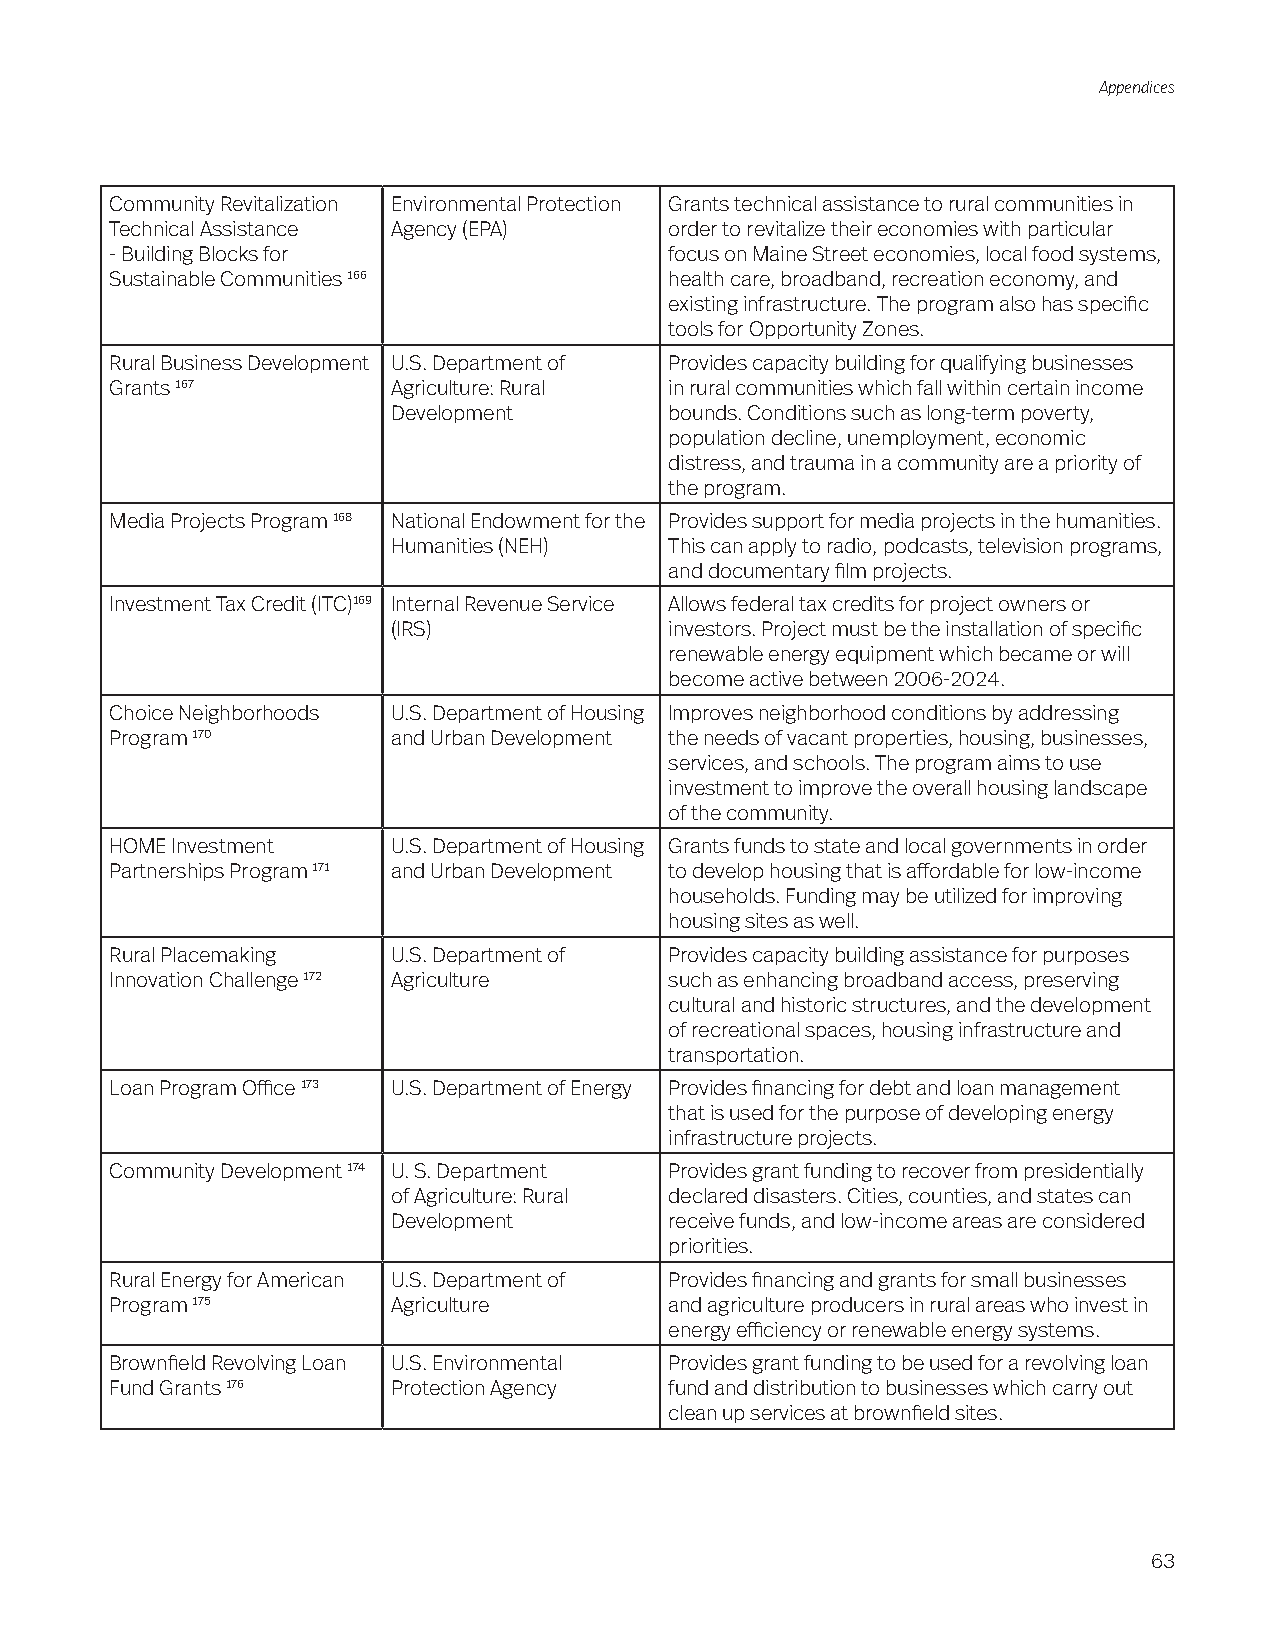
Appendices
 Community Revitalization Environmental Protection Grants technical assistance to rural communities in
 Technical Assistance Agency (EPA)    order to revitalize their economies with particular
 - Building Blocks for                focus on Maine Street economies, local food systems,
 Sustainable Communities 166          health care, broadband, recreation economy, and
 existing infrastructure. The program also has specific
 tools for Opportunity Zones.
 Rural Business Development U.S. Department of Provides capacity building for qualifying businesses
 Grants 167         Agriculture: Rural in rural communities which fall within certain income
 Development       bounds. Conditions such as long-term poverty,
 population decline, unemployment, economic
 distress, and trauma in a community are a priority of
 the program.
 Media Projects Program 168 National Endowment for the Provides support for media projects in the humanities.
 Humanities (NEH)  This can apply to radio, podcasts, television programs,
 and documentary film projects.
 Investment Tax Credit (ITC)169 Internal Revenue Service Allows federal tax credits for project owners or
 (IRS)             investors. Project must be the installation of specific
 renewable energy equipment which became or will
 become active between 2006-2024.
 Choice Neighborhoods U.S. Department of Housing Improves neighborhood conditions by addressing
 Program 170        and Urban Development the needs of vacant properties, housing, businesses,
 services, and schools. The program aims to use
 investment to improve the overall housing landscape
 of the community.
 HOME Investment    U.S. Department of Housing Grants funds to state and local governments in order
 Partnerships Program 171 and Urban Development to develop housing that is affordable for low-income
 households. Funding may be utilized for improving
 housing sites as well.
 Rural Placemaking  U.S. Department of Provides capacity building assistance for purposes
 Innovation Challenge 172 Agriculture such as enhancing broadband access, preserving
 cultural and historic structures, and the development
 of recreational spaces, housing infrastructure and
 transportation.
 Loan Program Office 173 U.S. Department of Energy Provides financing for debt and loan management
 that is used for the purpose of developing energy
 infrastructure projects.
 Community Development 174 U. S. Department Provides grant funding to recover from presidentially
 of Agriculture: Rural declared disasters. Cities, counties, and states can
 Development       receive funds, and low-income areas are considered
 priorities.
 Rural Energy for American U.S. Department of Provides financing and grants for small businesses
 Program 175        Agriculture       and agriculture producers in rural areas who invest in
 energy efficiency or renewable energy systems.
 Brownfield Revolving Loan U.S. Environmental Provides grant funding to be used for a revolving loan
 Fund Grants 176    Protection Agency fund and distribution to businesses which carry out
 clean up services at brownfield sites.
 63